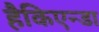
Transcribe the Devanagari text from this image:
हैकिएन्डा